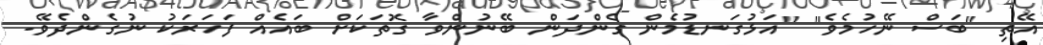
އޭތި "ބަސް ނޭހުމެވެ" "އަޅުގަނޑުމެން ގެންދަން ބޭނުންވާ ގޮތަކަށް ބައެއް ފަހަރަކު ނުގެންދެވޭ.